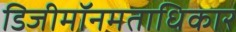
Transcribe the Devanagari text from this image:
डिजीमॉनमताधिकार